Report on horse surra - Volume I
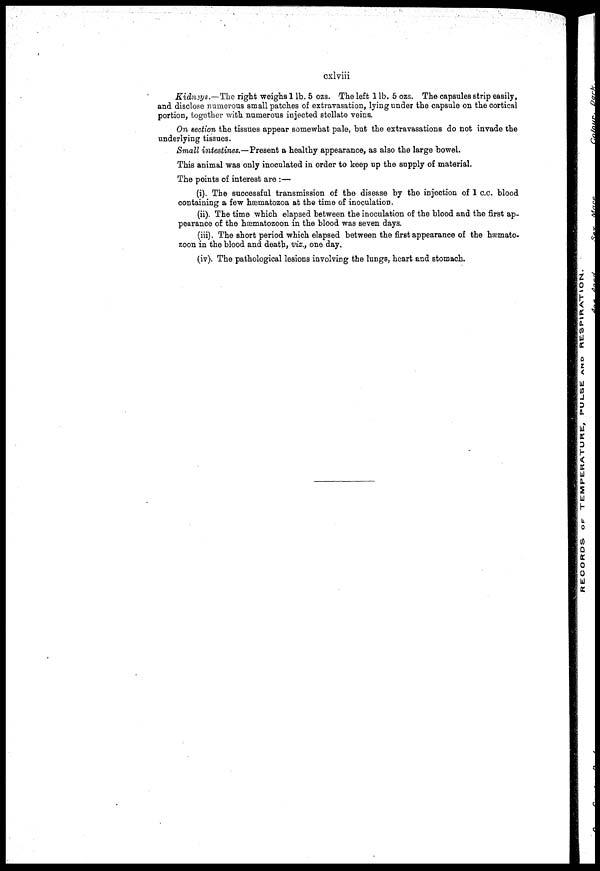
cxlviii
Kidneys.—The right weighs 1 lb. 5 ozs. The left 1 lb. 5 ozs. The capsules strip easily,
and disclose numerous small patches of extravasation, lying under the capsule on the cortical
portion, together with numerous injected stellate veins.
On section the tissues appear somewhat pale, but the extravasations do not invade the
underlying tissues.
Small intestines.—Present a healthy appearance, as also the large bowel.
This animal was only inoculated in order to keep up the supply of material.
The points of interest are :-—
(i) The successful transmission of the disease by the injection of 1 c.c. blood
containing a few hæmatozoa at the time of inoculation.
(ii). The time which elapsed between the inoculation of the blood and the first ap-
pearance of the hæmatozoon in the blood was seven days.
(iii). The short period which elapsed between the first appearance of the hæmato-
zoon in the blood and death, viz., one day.
(iv). The pathological lesions involving the lungs, heart and stomach.